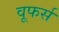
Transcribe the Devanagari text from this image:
वूफर्स